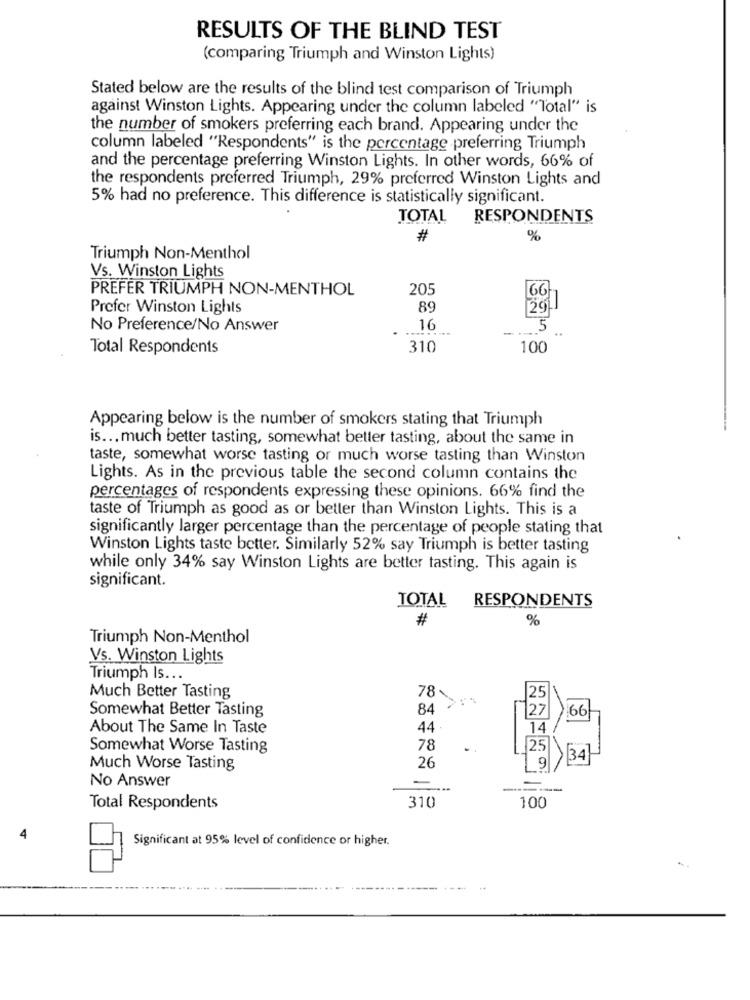
RESULTS OF THE BLIND TEST
(comparing Triumph and Winston Lights)
Stated below are the results of the blind test comparison of Triumph
against Winston Lights. Appearing under the column labeled "Total" is
the number of smokers preferring each brand. Appearing under the
column labeled "Respondents" is the percentage preferring Triumph
and the percentage preferring Winston Lights. In other words, 66% of
the respondents preferred Triumph, 29% preferred Winston Lights and
5% had no preference. This difference is statistically significant.
TOTAL RESPONDENTS
#
%
Triumph Non-Menthol
Vs. Winston Lights
PREFER TRIUMPH NON-MENTHOL
205
66
Prefer Winston Lights
89
20
No Preference/No Answer
16
5
Total Respondents
310
100
Appearing below is the number of smokers stating that Triumph
is ... much better tasting, somewhat better tasting, about the same in
taste, somewhat worse tasting or much worse tasting than Winston
Lights. As in the previous table the second column contains the
percentages of respondents expressing these opinions. 66% find the
taste of Triumph as good as or better than Winston Lights. This is a
significantly larger percentage than the percentage of people stating that
Winston Lights taste better. Similarly 52% say Triumph is better tasting
while only 34% say Winston Lights are better tasting. This again is
significant.
TOTAL
RESPONDENTS
#
%
Triumph Non-Menthol
Vs. Winston Lights
Triumph Is ...
78.
25
Much Better Tasting
Somewhat Better Tasting
84
66
About The Same In Taste
44
14
Somewhat Worse Tasting
78
25
26
34
Much Worse Tasting
No Answer
-
Total Respondents
310
100
Significant at 95% level of confidence or higher.